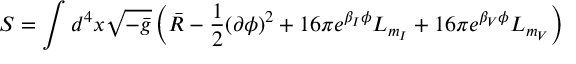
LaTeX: S = \int d ^ { 4 } x \sqrt { - \bar { g } } \left( \bar { R } - \frac { 1 } { 2 } ( \partial \phi ) ^ { 2 } + 1 6 \pi e ^ { \beta _ { I } \phi } { \cal L } _ { m _ { I } } + 1 6 \pi e ^ { \beta _ { V } \phi } { \cal L } _ { m _ { V } } \right)